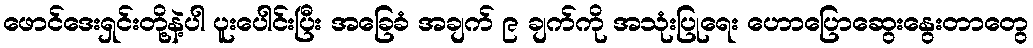
ဖောင်ဒေးရှင်းတို့နဲ့ပါ ပူးပေါင်းပြီး အခြေခံ အချက် ၉ ချက်ကို အသုံးပြုရေး ဟောပြောဆွေးနွေးတာတွေ